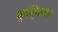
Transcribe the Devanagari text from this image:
फुट्वियर